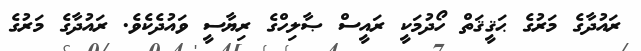
ރައުދާގެ މަރުގެ ޙަޤީޤަތް ހޯދުމަކީ ރައީސް ޞާލިހްގެ ރިޔާސީ ވައުދެކެވެ. ރައުދާގެ މަރުގެ